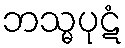
ဘသ္မပုဋံ